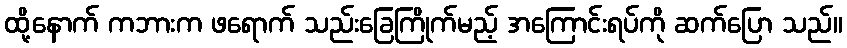
ထို့နောက် ကဘားက ဖရောက် သည်းခြေကြိုက်မည့် အကြောင်းရပ်ကို ဆက်ပြော သည်။